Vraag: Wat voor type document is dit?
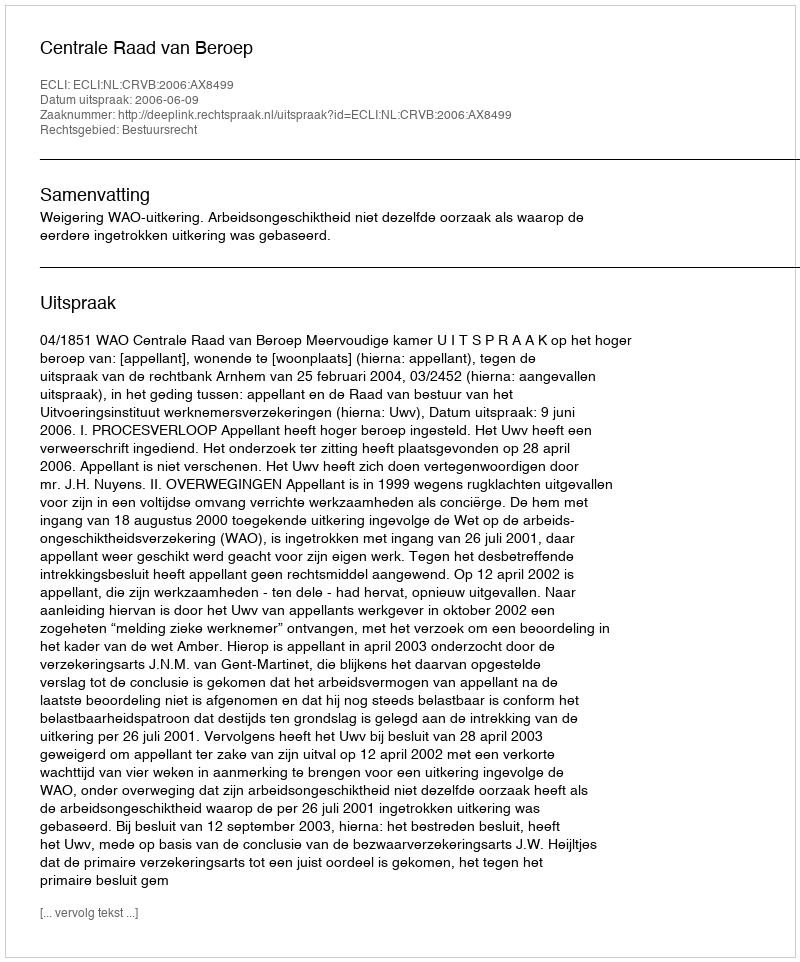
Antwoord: Uitspraak